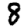
Digit: 8